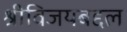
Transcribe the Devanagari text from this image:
श्रीविजयबद्दल